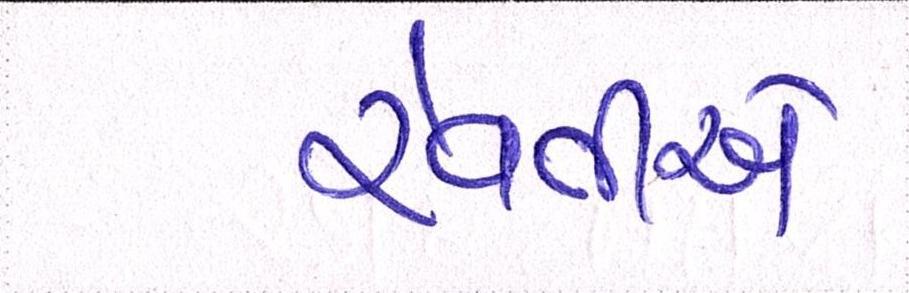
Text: રેવતીએ